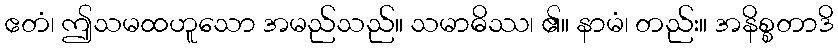
ဧတံ၊ ဤသမထဟူသော အမည်သည်။ သမာဓိဿ၊ ၏။ နာမံ၊ တည်း။ အနိစ္စတာဒိ